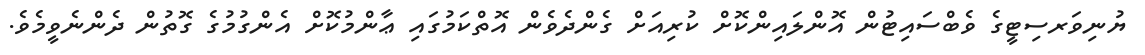
ޔުނިވަރސިޓީގެ ވެބްސައިޓުން އޮންލައިންކޮށް ކުރިއަށް ގެންދެވެން އޮތްކަމުގައި ޢާންމުކޮށް އެންގުމުގެ ގޮތުން ދެންނެވީމެވެ.